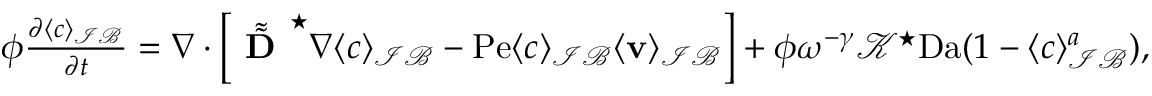
\begin{array} { r l } & { \phi \frac { \partial \langle c \rangle _ { \mathcal { I B } } } { \partial t } = \nabla \cdot \left[ \tilde { \tilde { \textbf { D } } } ^ { \star } \nabla \langle c \rangle _ { \mathcal { I B } } - \mathrm { P e } \langle c \rangle _ { \mathcal { I B } } \langle \mathbf v \rangle _ { \mathcal { I B } } \right] + \phi \omega ^ { - \gamma } \mathcal { K } ^ { \star } \mathrm { D a } ( 1 - \langle c \rangle _ { \mathcal { I B } } ^ { a } ) , } \end{array}